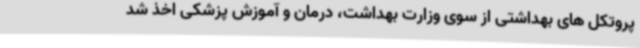
پروتکل های بهداشتی از سوی وزارت بهداشت، درمان و آموزش پزشکی اخذ شد